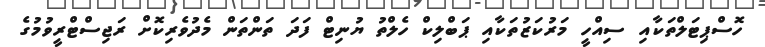
ހޮސްޕިޓަލްތަކާއި ސިއްހީ މަރުކަޒުތަކާއި ޕަބްލިކް ހެލްތު ޔުނިޓް ފަދަ ތަންތަން މެދުވެރިކޮށް ރަޖިސްޓްރީވުމުގެ